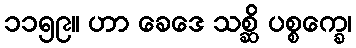
၁၁၅၉။ ဟာ ခေဒေ သစ္ဆိ ပစ္စက္ခေ၊